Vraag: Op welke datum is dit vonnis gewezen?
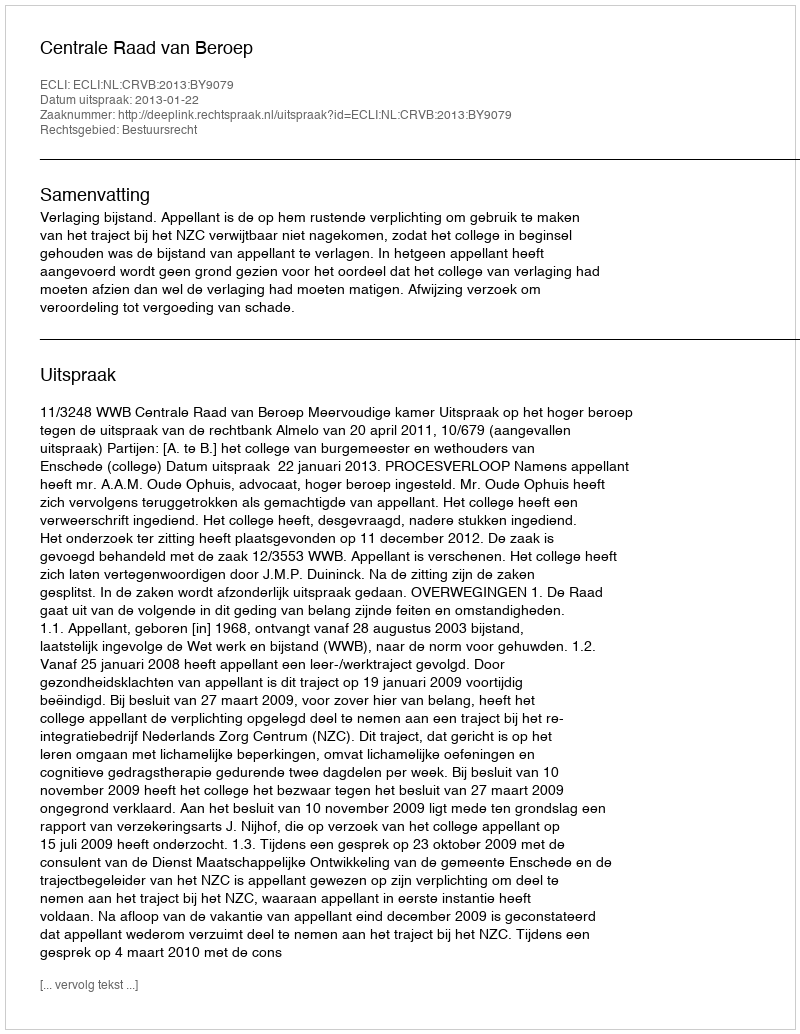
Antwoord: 2013-01-22